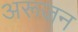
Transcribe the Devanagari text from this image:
अरूजन